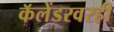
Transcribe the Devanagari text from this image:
कॅलेंडरवरही